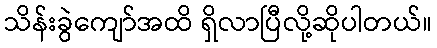
သိန်းခွဲကျော်အထိ ရှိလာပြီလို့ဆိုပါတယ်။